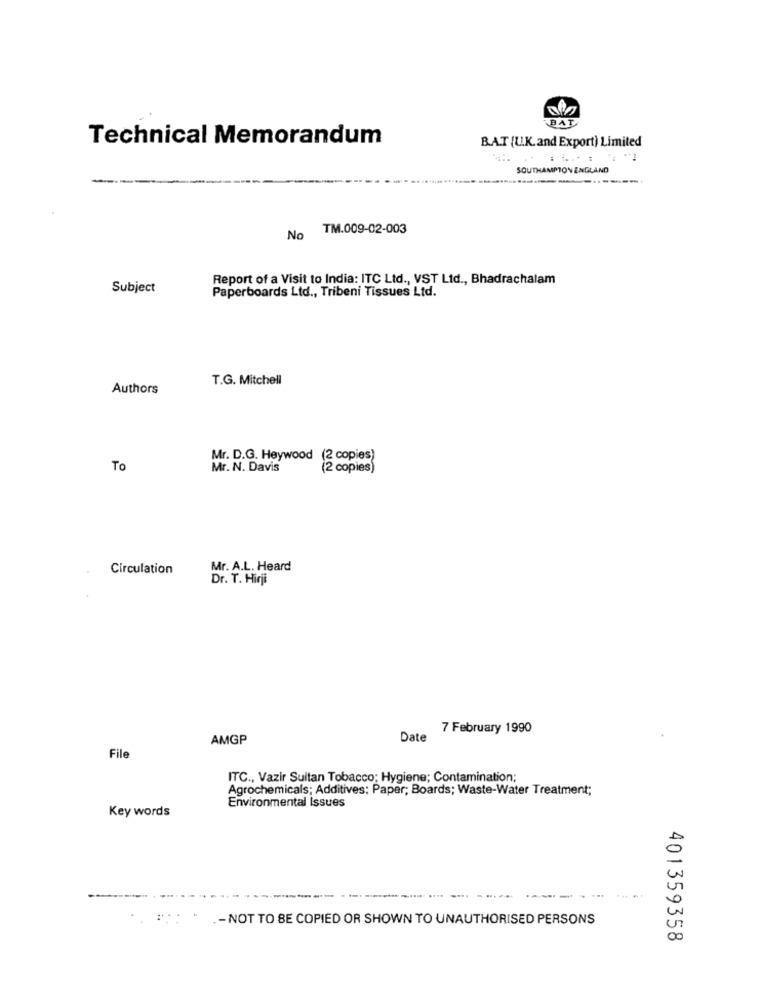
BAT
Technical Memorandum
B.A.T [U.K. and Export) Limited
SOUTHAMPTON ENGLAND
TM.009-02-003
No
Report of a Visit to India: ITC Ltd ., VST Ltd ., Bhadrachalam
Subject
Paperboards Ltd ., Tribeni Tissues Ltd.
T.G. Mitchell
Authors
Mr. D.G. Heywood (2 copies)
To
Mr. N. Davis
(2 copies)
Circulation
Mr. A.L. Heard
Dr. T. Hirji
7 February 1990
AMGP
Date
File
ITC ., Vazir Sultan Tobacco; Hygiene; Contamination;
Agrochemicals; Additives: Paper; Boards; Waste-Water Treatment;
Environmental Issues
Key words
---
----
---
.- NOT TO BE COPIED OR SHOWN TO UNAUTHORISED PERSONS
401359358